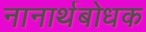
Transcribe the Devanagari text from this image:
नानार्थबोधक